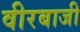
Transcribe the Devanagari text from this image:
वीरबाजी